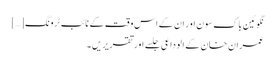
نگوئین باک سون اور ان کے اس وقت کے نائب ٹرونگ […]
عمران خان کے الوداعی جلسے اور تقریریں ۔